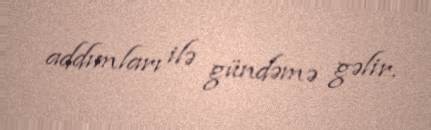
addımları ilə gündəmə gəlir.